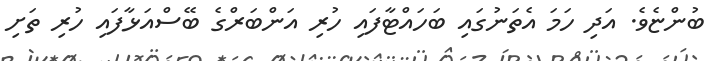
ބުންޏެވެ. އަދި ހަމަ އެތަނުގައި ބަހައްޓާފައި ހުރި އަންބަރްގެ ބޭސްއަޅާފައި ހުރި ތަށި